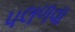
પલળવા